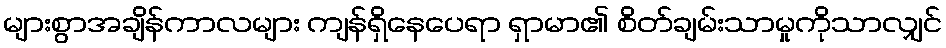
များစွာအချိန်ကာလများ ကျန်ရှိနေပေရာ ရှာမာ၏ စိတ်ချမ်းသာမှုကိုသာလျှင်